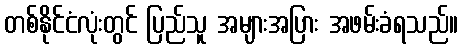
တစ်နိုင်ငံလုံးတွင် ပြည်သူ အများအပြား အဖမ်းခံရသည်။